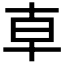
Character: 𠦝